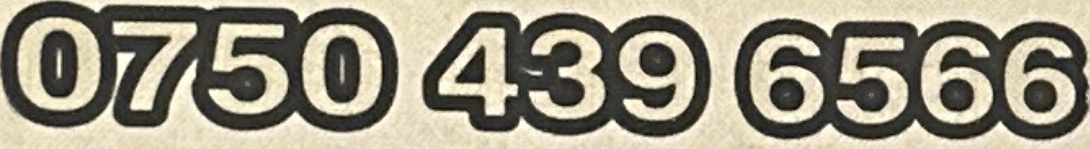
0750 439 6566